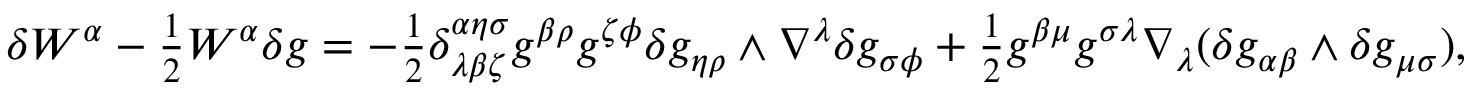
\begin{array} { r } { \delta W ^ { \alpha } - \frac { 1 } { 2 } W ^ { \alpha } \delta g = - \frac { 1 } { 2 } \delta _ { \lambda \beta \zeta } ^ { \alpha \eta \sigma } g ^ { \beta \rho } g ^ { \zeta \phi } \delta g _ { \eta \rho } \wedge \nabla ^ { \lambda } \delta g _ { \sigma \phi } + \frac { 1 } { 2 } g ^ { \beta \mu } g ^ { \sigma \lambda } \nabla _ { \lambda } ( \delta g _ { \alpha \beta } \wedge \delta g _ { \mu \sigma } ) , } \end{array}